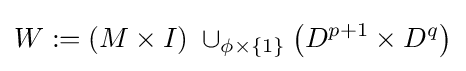
W:=(M\times I)\;\cup _{\phi \times \{1\}}\left(D^{p+1}\times D^{q}\right)